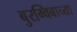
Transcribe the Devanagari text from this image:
बुरग्विबाच्या